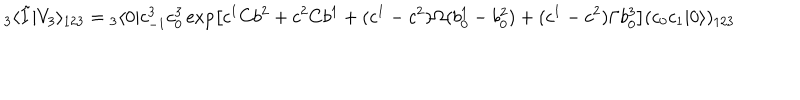
{ } _ { 3 } \langle \tilde { I } | V _ { 3 } \rangle _ { 1 2 3 } = { } _ { 3 } \langle 0 | c _ { - 1 } ^ { 3 } c _ { 0 } ^ { 3 } \exp \left[ c ^ { 1 } C b ^ { 2 } + c ^ { 2 } C b ^ { 1 } + ( c ^ { 1 } - c ^ { 2 } ) \Omega ( b _ { 0 } ^ { 1 } - b _ { 0 } ^ { 2 } ) + ( c ^ { 1 } - c ^ { 2 } ) \Gamma b _ { 0 } ^ { 3 } \right] ( c _ { 0 } c _ { 1 } | 0 \rangle ) _ { 1 2 3 } \nonumber